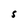
Character: S